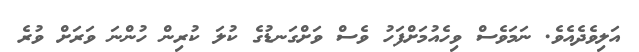
އަލިވެދެއެވެ. ނަމަވެސް ވިހެއުމަށްފަހު ވެސް ވަށްގަނޑުގެ ކުލަ ކުރިން ހުންނަ ވަރަށް ވުރެ